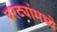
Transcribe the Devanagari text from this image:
घरट्यांमध्ये